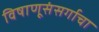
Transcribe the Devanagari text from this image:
विषाणूसंसर्गाचा